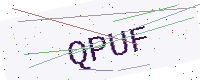
Text: QPUF